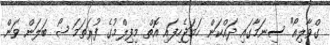
ގްވާލިއޯ" ސިނަމާގައި ދައްކަން ހަމަޖެހިފައި އޮތް މިފިލްމުގެ ފުރަތަމަ ޝޯ ބަލަން ވަން